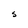
Character: S